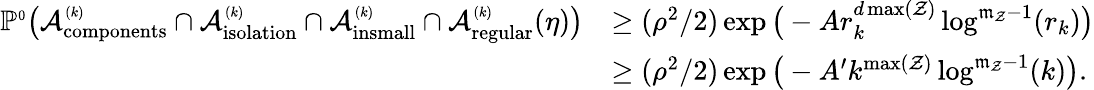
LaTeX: \begin{array}{rl}{\mathbb{P}^{\scriptscriptstyle 0}\big({\mathcal A}_{\mathrm{components}}^{\scriptscriptstyle(k)}\cap{\mathcal A}_{\mathrm{isolation}}^{\scriptscriptstyle(k)}\cap{\mathcal A}_{\mathrm{insmall}}^{\scriptscriptstyle(k)}\cap{\mathcal A}_{\mathrm{regular}}^{\scriptscriptstyle(k)}(\eta)\big)}&{\ge(\rho^{2}/2)\exp\big(-Ar_{k}^{d\operatorname*{max}({\mathcal Z})}\log^{\mathfrak{m}_{\mathcal Z}-1}(r_{k})\big)}\\ &{\ge(\rho^{2}/2)\exp\big(-A^{\prime}k^{\operatorname*{max}({\mathcal Z})}\log^{\mathfrak{m}_{\mathcal Z}-1}(k)\big).}\end{array}